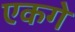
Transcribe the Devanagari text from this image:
एकगे